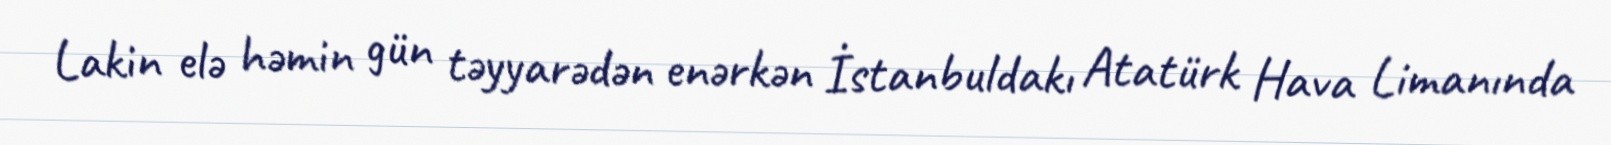
Lakin elə həmin gün təyyarədən enərkən İstanbuldakı Atatürk Hava Limanında